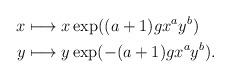
LaTeX: \begin{align*}\begin{aligned}x &\longmapsto x\exp((a+1) g x^ay^b)\\y &\longmapsto y\exp(-(a+1) g x^ay^b).\end{aligned}\end{align*}